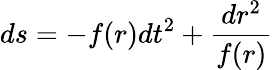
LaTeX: ds=-f(r)dt^{2}+\frac{dr^{2}}{f(r)}